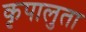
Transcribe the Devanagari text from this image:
कृपालुता